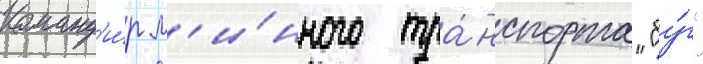
Команд'и́р м'и́нного тра́нспорта "бу́г"